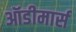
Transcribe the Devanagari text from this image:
ऑडीमार्स